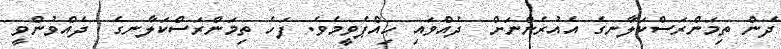
ދެން ތިމަންރަސްކަލާނގެ އެއުރެންނަށް  ދެއްވައި ހިއްޕެވީމެވެ. ފަހެ ތިމަންރަސްކަލާނގެ  ދެއްވުންވީ